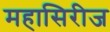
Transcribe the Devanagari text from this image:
महासिरीज